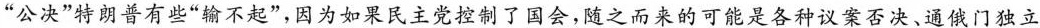
”公决”特朗普有些”输不起”，因为如果民主党控制了国会，随之而来的可能是各种议案否决、通俄门独立